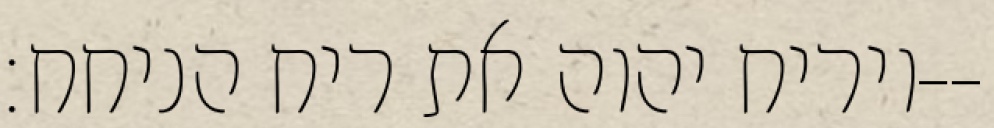
ויריח יהוה את ריח הניחח׃--